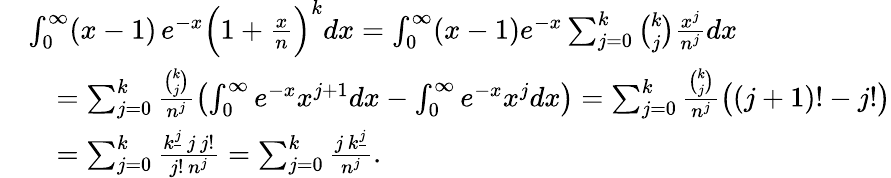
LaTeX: \begin{array}{rl}&{\int_{0}^{\infty}(x-1)\, e^{-x}\Big(1+\frac{x}{n}\Big)^{k}dx=\int_{0}^{\infty}(x-1)e^{-x}\sum_{j=0}^{k}\binom{k}{j}\frac{x^{j}}{n^{j}}dx}\\ &{\quad=\sum_{j=0}^{k}\frac{\binom{k}{j}}{n^{j}}\left(\int_{0}^{\infty}e^{-x}x^{j+1}dx-\int_{0}^{\infty}e^{-x}x^{j}dx\right)=\sum_{j=0}^{k}\frac{\binom{k}{j}}{n^{j}}\big((j+1)!-j!\big)}\\ &{\quad=\sum_{j=0}^{k}\frac{k^{\underline{{j}}}\, j\, j!}{j!\, n^{j}}=\sum_{j=0}^{k}\frac{j\, k^{\underline{{j}}}}{n^{j}}.}\end{array}